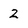
Character: 2